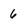
Character: 6